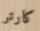
كارتر